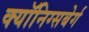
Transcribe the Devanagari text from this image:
क्यॉनिग्सबेर्ग